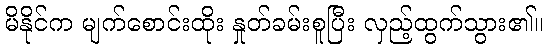
မိနိုင်က မျက်စောင်းထိုး နှုတ်ခမ်းစူပြီး လှည့်ထွက်သွား၏။